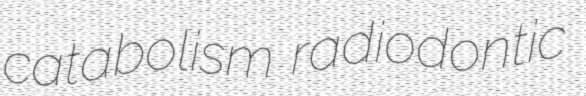
catabolism radiodontic